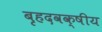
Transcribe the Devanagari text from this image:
बृहदवक्षीय